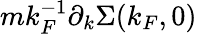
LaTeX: mk_{F}^{-1}\partial_{k}\Sigma(k_{F},0)